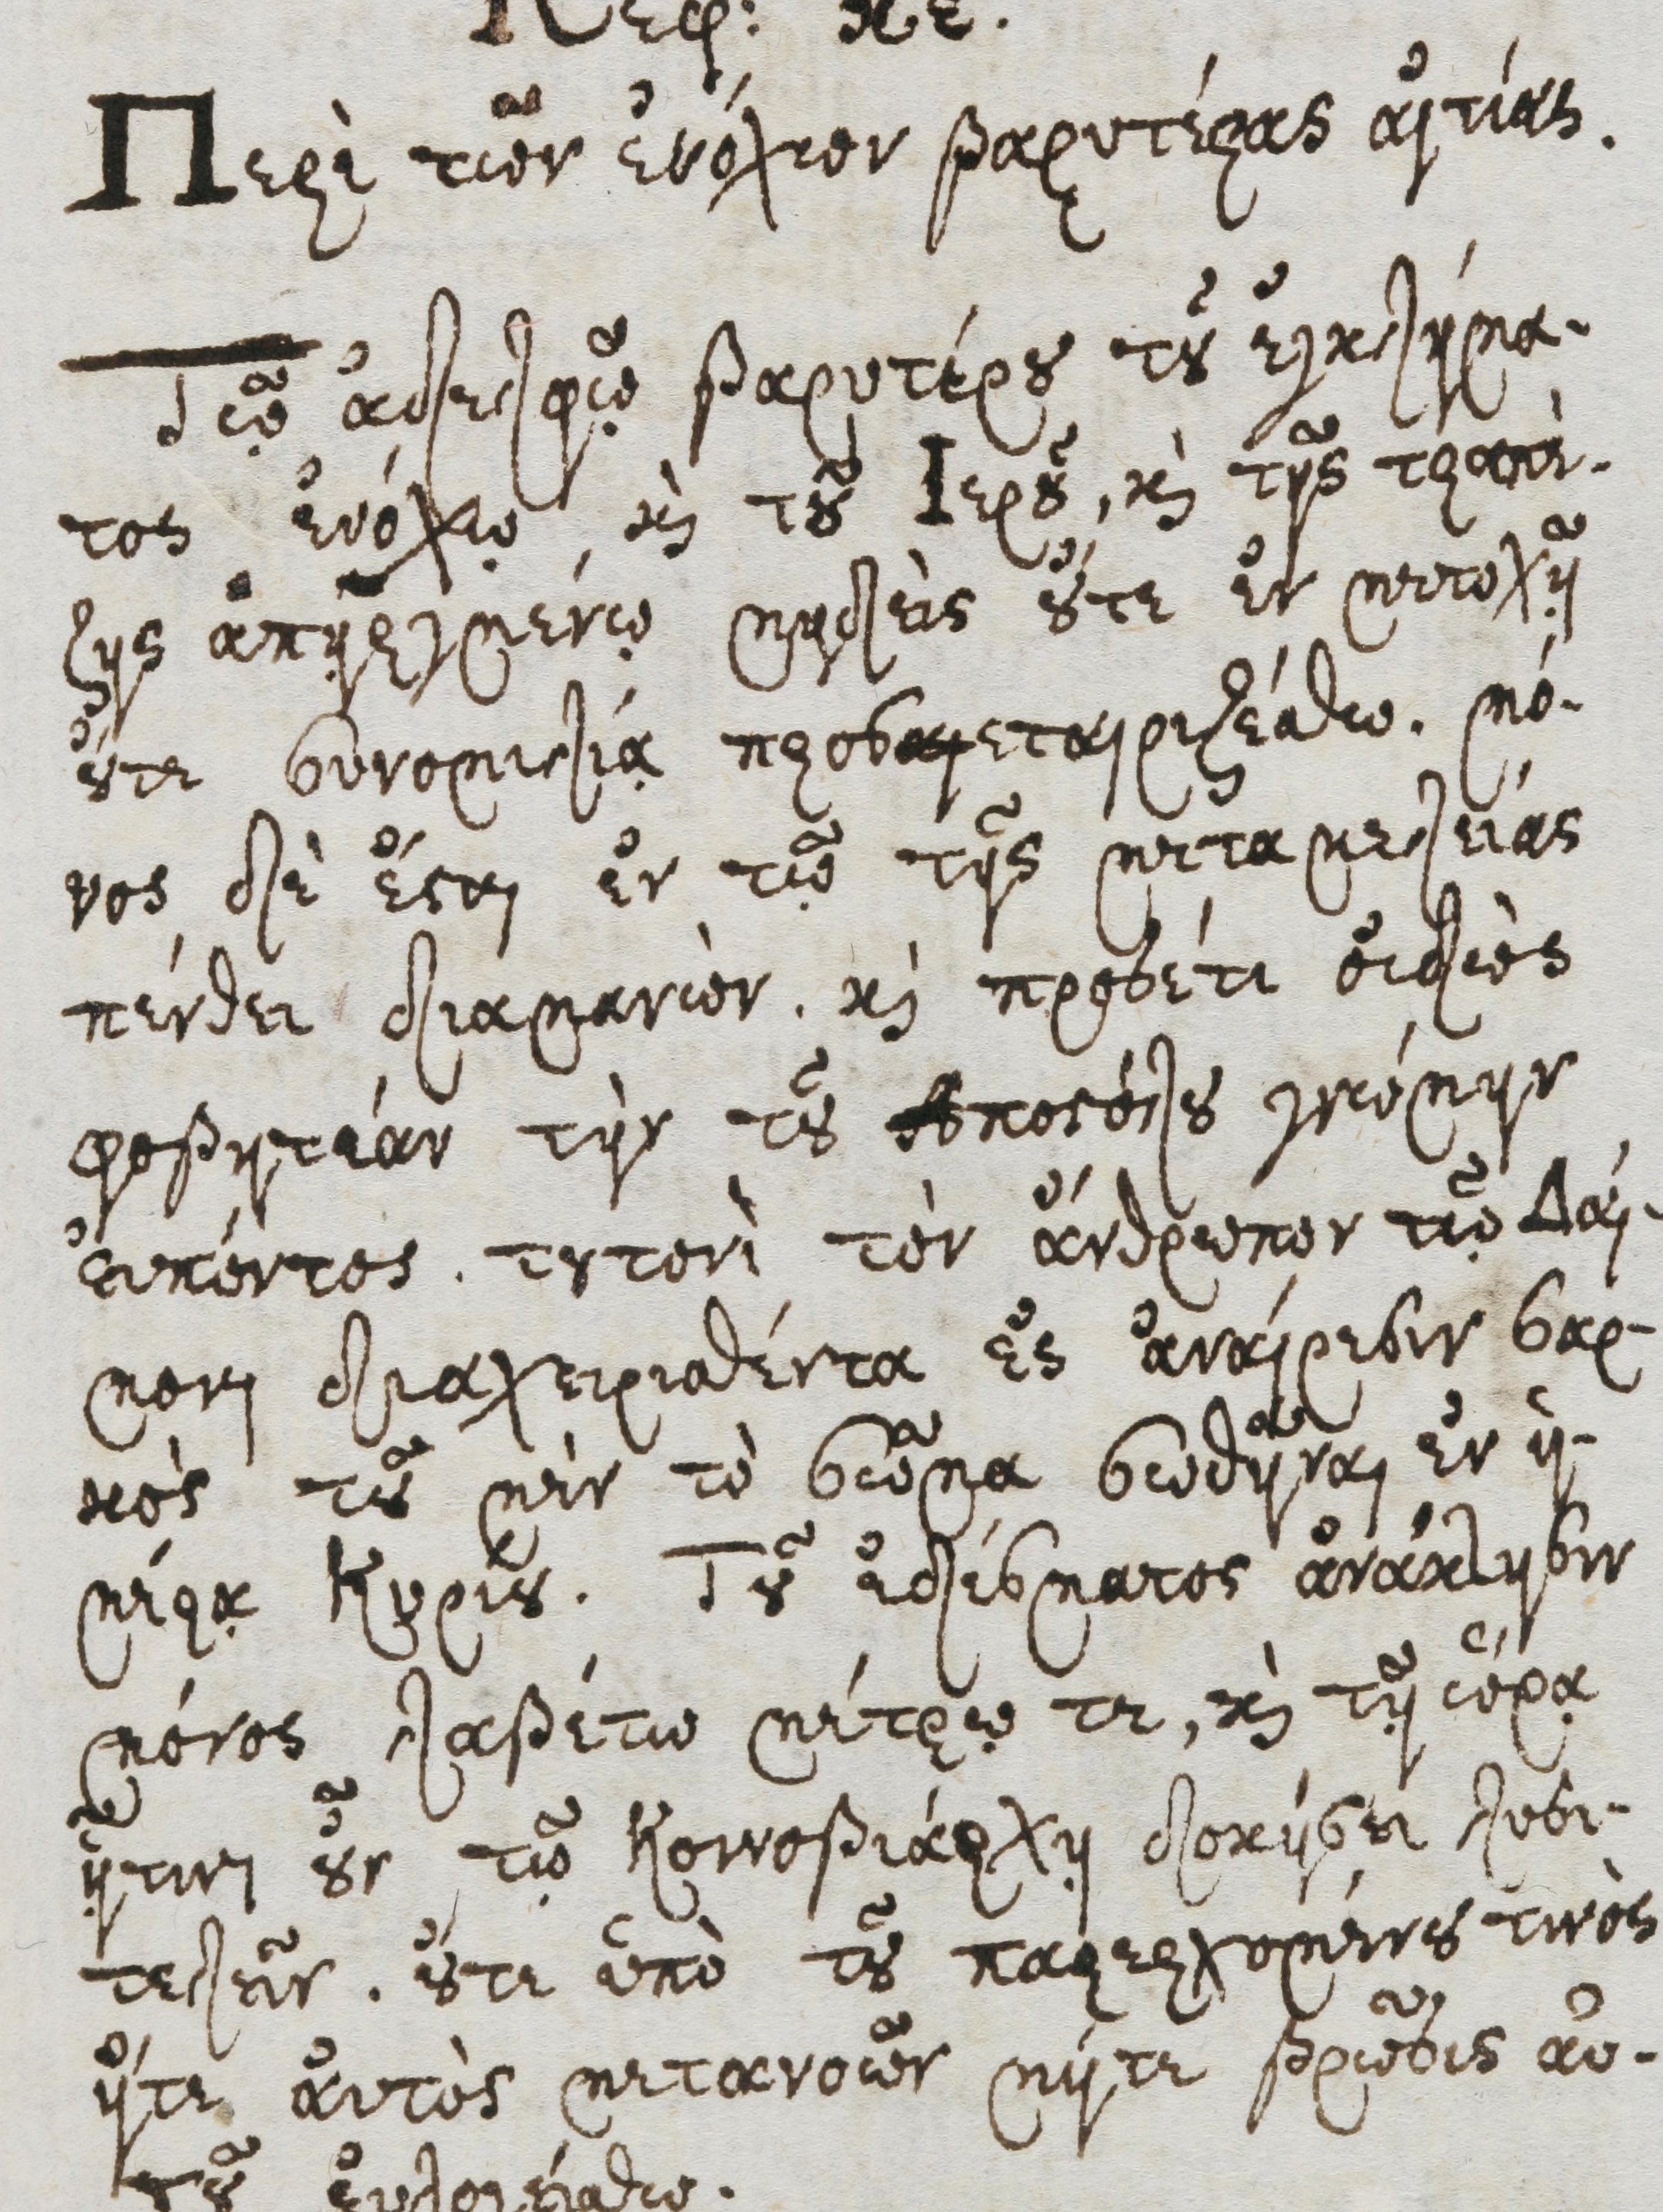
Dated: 1600–1699